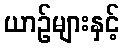
ယာဉ်များနှင့်